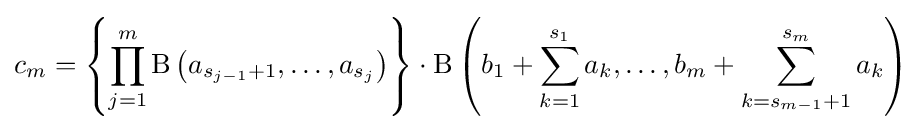
c_{m}=\left\{\prod _{j=1}^{m}\operatorname {\mathrm {B} } \left(a_{s_{j-1}+1},\ldots ,a_{s_{j}}\right)\right\}\cdot \operatorname {\mathrm {B} } \left(b_{1}+\sum _{k=1}^{s_{1}}a_{k},\ldots ,b_{m}+\sum _{k=s_{m-1}+1}^{s_{m}}a_{k}\right)